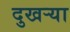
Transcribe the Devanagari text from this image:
दुखर्‍या